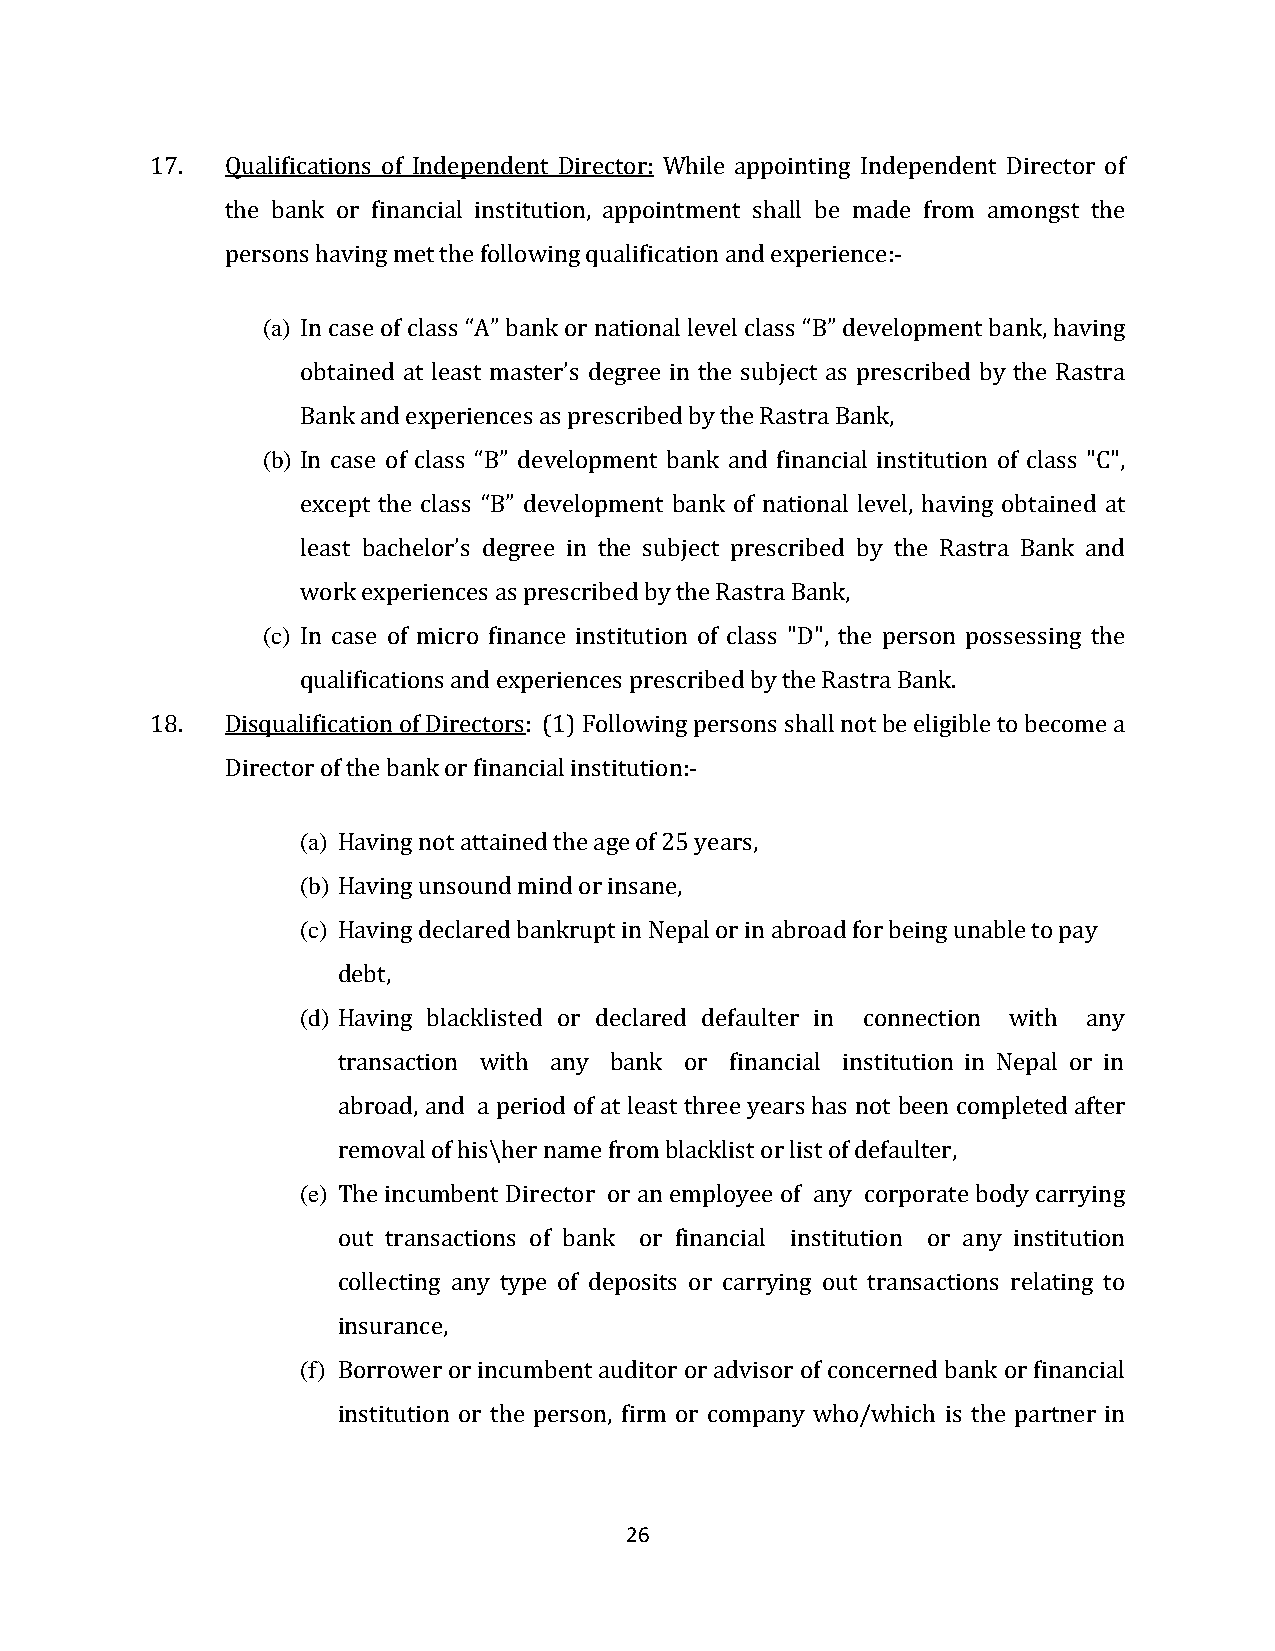
17.  Qualifications of Independent Director: While appointing Independent Director of
 the bank or financial institution, appointment shall be made from amongst the
 persons having met the following qualification and experience:-
 (a) In case of class “A” bank or national level class “B” development bank, having
 obtained at least master’s degree in the subject as prescribed by the Rastra
 Bank and experiences as prescribed by the Rastra Bank,
 (b) In case of class “B” development bank and financial institution of class "C",
 except the class “B” development bank of national level, having obtained at
 least bachelor’s degree in the subject prescribed by the Rastra Bank and
 work experiences as prescribed by the Rastra Bank,
 (c) In case of micro finance institution of class "D", the person possessing the
 qualifications and experiences prescribed by the Rastra Bank.
 18.  Disqualification of Directors: (1) Following persons shall not be eligible to become a
 Director of the bank or financial institution:-
 (a) Having not attained the age of 25 years,
 (b) Having unsound mind or insane,
 (c) Having declared bankrupt in Nepal or in abroad for being unable to pay
 debt,
 (d) Having blacklisted or declared defaulter in connection with any
 transaction with any bank or financial institution in Nepal or in
 abroad, and a period of at least three years has not been completed after
 removal of his\her name from blacklist or list of defaulter,
 (e) The incumbent Director or an employee of any corporate body carrying
 out transactions of bank or financial institution or any institution
 collecting any type of deposits or carrying out transactions relating to
 insurance,
 (f) Borrower or incumbent auditor or advisor of concerned bank or financial
 institution or the person, firm or company who/which is the partner in
 26